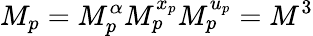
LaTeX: M_{p}=M_{p}^{\alpha}M_{p}^{x_{p}}M_{p}^{u_{p}}=M^{3}